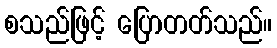
စသည်ဖြင့် ပြောတတ်သည်။